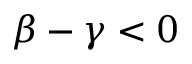
\beta - \gamma < 0